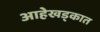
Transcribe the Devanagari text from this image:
आहेखड्कात